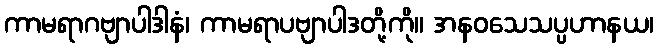
ကာမရာဂဗျာပါဒါနံ၊ ကာမရာပဗျာပါဒတို့ကို။ အနဝသေသပ္ပဟာနယ၊